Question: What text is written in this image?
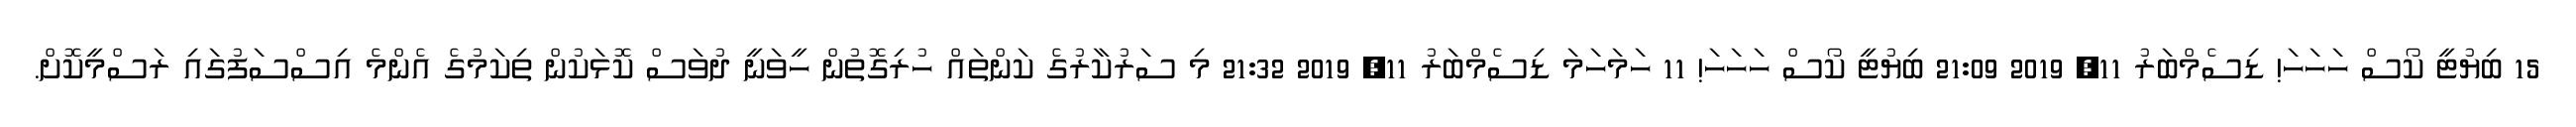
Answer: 15 ބިޔުޓީ ކޯސް ހަހަހަ! ޑިސެމްބަރު 11, 2019 21:09 ބިޔުޓީ ކޯސް ހަހަހަ! 11 ހަމަހަމަ ޑިސެމްބަރު 11, 2019 21:32 މި ސަރުކާރުގެ ކަންތައް ހުރިގޮތުން ހީވަނީ ދުވަސް ކޮޅަކުން ތިކަމުގެ އެންމެ އިސްސަފުގައި ރަސްމީކޮށް.